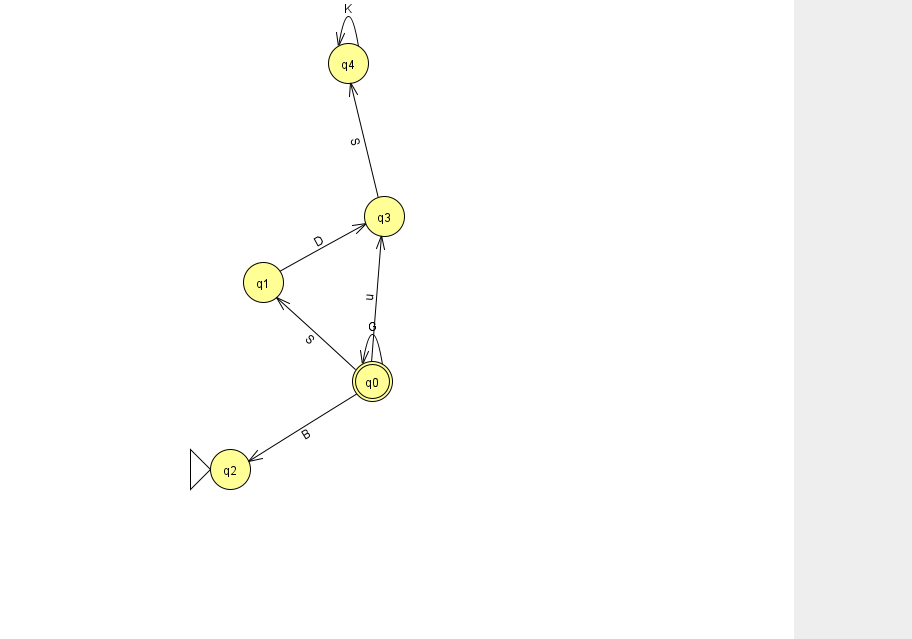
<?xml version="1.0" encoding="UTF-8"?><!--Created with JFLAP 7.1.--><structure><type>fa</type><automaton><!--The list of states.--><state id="0" name="q0"><x>372.0</x><y>368.0</y><final/></state><state id="1" name="q1"><x>263.0</x><y>269.0</y></state><state id="2" name="q2"><x>230.0</x><y>456.0</y><initial/></state><state id="3" name="q3"><x>384.0</x><y>203.0</y></state><state id="4" name="q4"><x>348.0</x><y>50.0</y></state><!--The list of transitions.--><transition><from>0</from><to>3</to><read>u</read></transition><transition><from>3</from><to>4</to><read>S</read></transition><transition><from>0</from><to>1</to><read>S</read></transition><transition><from>1</from><to>3</to><read>D</read></transition><transition><from>0</from><to>0</to><read>G</read></transition><transition><from>0</from><to>2</to><read>B</read></transition><transition><from>4</from><to>4</to><read>K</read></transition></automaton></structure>